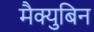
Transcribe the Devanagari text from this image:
मैक्युबिन